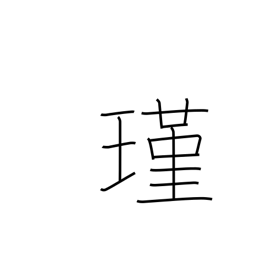
Meaning: jewel